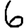
Digit: 6